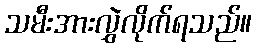
သမီးအားလွှဲလိုက်ရသည်။